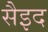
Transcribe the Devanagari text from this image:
सैइद